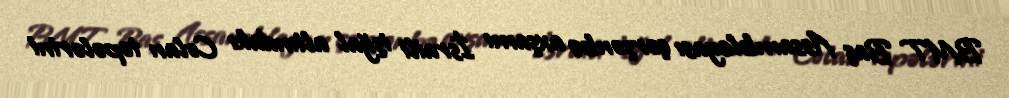
BMT Baş Assambleyası çərşənbə axşamı İsraili işğal altındakı Colan təpələrini